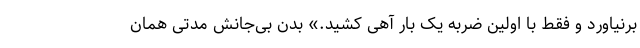
برنیاورد و فقط با اولین ضربه یک بار آهی کشید.» بدن بی‌جانش مدتی همان